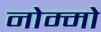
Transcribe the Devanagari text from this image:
नोम्मो